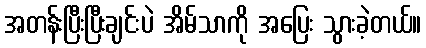
အတန်းပြီးပြီးချင်းပဲ အိမ်သာကို အပြေး သွားခဲ့တယ်။